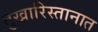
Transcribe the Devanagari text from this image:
तुखारिस्तानात